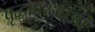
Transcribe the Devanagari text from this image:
वृद्धावस्थाओं